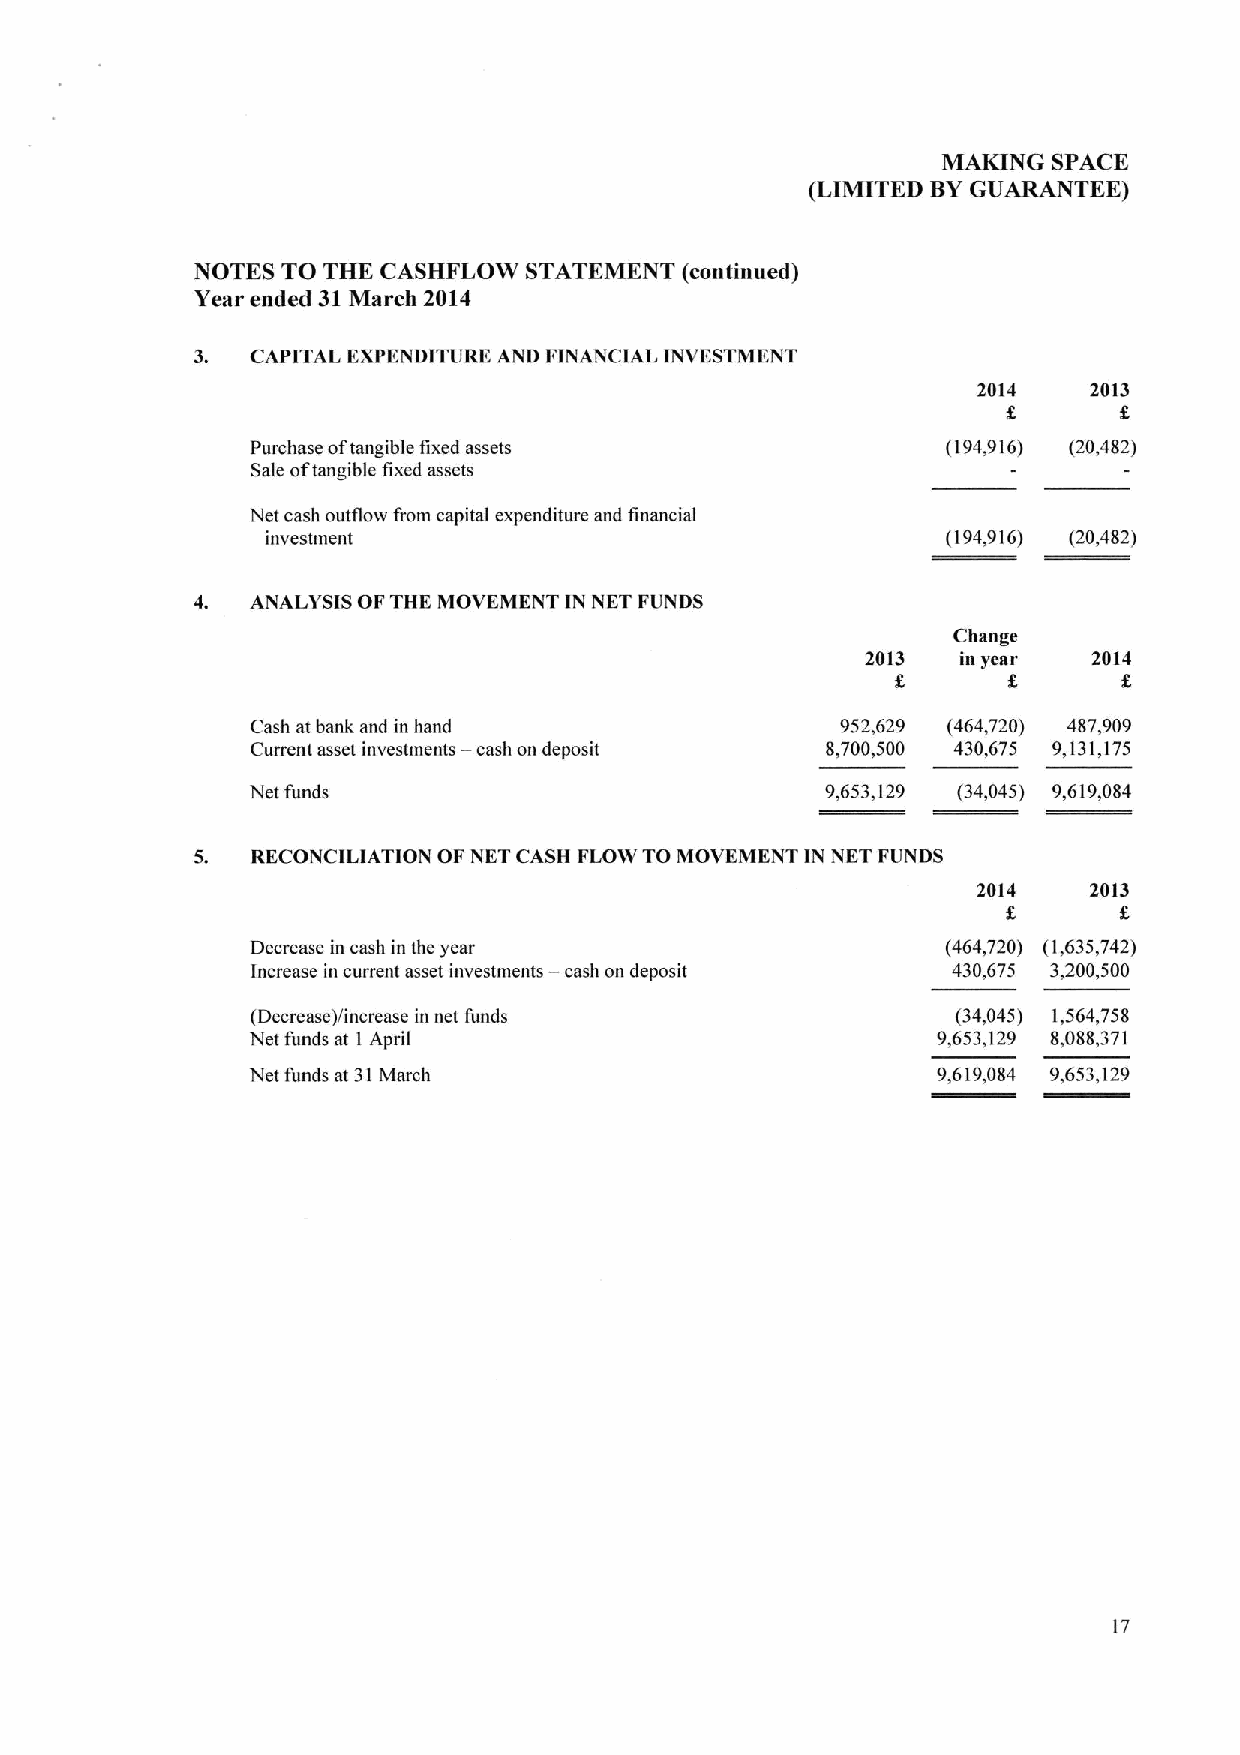
MAKING  SPACE
 (LIMITED BYGUARANTEE)
 NOTES TO THE CASHFLOW STATEMENT (continued)
 Year ended 31March 2014
 3.  CAPITAL EXPENDITURE AND FINANCIAL INVESTMENT
 2014   2013
 8
 Purchase oftangible fixed assets              (194,916) (20,482)
 Sale oftangible fixed assets
 Net cash outflow from capital expenditure and financial
 investment                                   (194,916) (20,482)
 4.  ANALYSIS OFTHE MOVEMENT IN NET FUNDS
 Change
 2013   in year 2014
 8
 Cash at bank and in hand               952,629 (464,720) 487,909
 Current asset investments —cash on deposit 8,700,500 430,675 9,131,175
 Net funds                             9,653,129 (34,045) 9,619,084
 RECONCILIATION OF NET CASH FLOW TO MOVEMENT IN NET FUNDS
 2014   2013
 Decrease in cash in the year                  (464,720) (1,635,742)
 Increase in current asset investments — cash on deposit 430,675 3,200,500
 (Decrease)/increase in net funds              (34,045) 1,564,758
 Net funds at 1April                          9,653,129 8,088,371
 Net funds at 31March                         9,619,084 9,653,129
 17